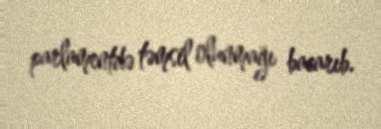
parlamentdə təmsil olunmağı bacarıb.